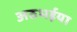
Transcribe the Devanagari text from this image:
अठभईया